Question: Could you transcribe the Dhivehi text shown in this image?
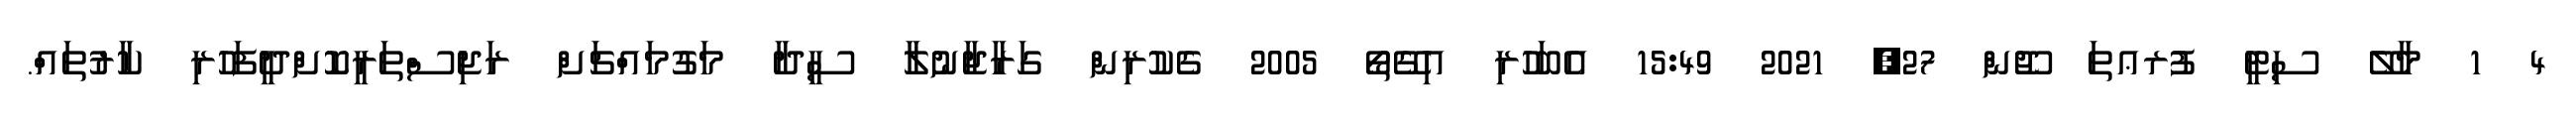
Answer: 4 1 މާލޭ ސިޓީ ފުރޢތަ ޖޫން 27, 2021 15:49 އެބަހުރި އިގޭތޯ 2005 ގެކުރިން ގަރާޖާނުލާ ސީދާ މަގުމައްޗަށް ރަޖިސްތަރީކޮށްދީފަހުރި ކާރުތައް.